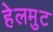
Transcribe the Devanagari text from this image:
हेलमुट